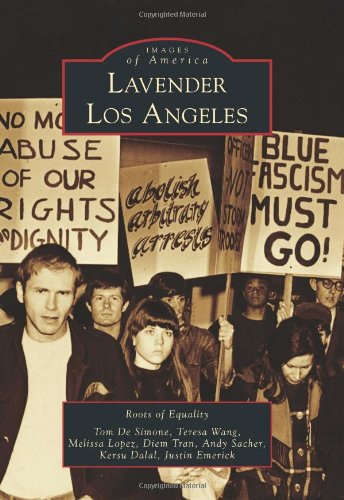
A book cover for Lavender Los Angeles (Images of America) (Images of America (Arcadia Publishing)); Roots of Equality; Gay & Lesbian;